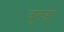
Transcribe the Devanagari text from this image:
दुरूह।